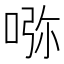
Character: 𠵸